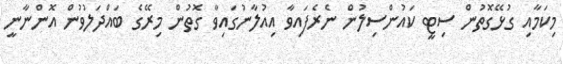
މިކަމާއި ގުޅޭގޮތުން ސިޓީ ކައުންސިލުން ނެރެފައިވާ އިއުލާނުގައިވާ ގޮތުން މިރޭގެ ބައްދަލުވުން އޮންނާނީ